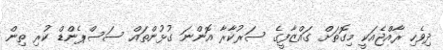
ދިވެހި ރާއްޖެއަކީ މިގޮތަށް ގައްޒާފީގެ ސަރުކާރާ އޮންނަ ގުޅުންތައް ސަސްޕެންޑް ކުރި ތިން